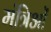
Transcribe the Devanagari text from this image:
मंत्रिओं